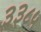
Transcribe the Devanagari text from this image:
३३८५